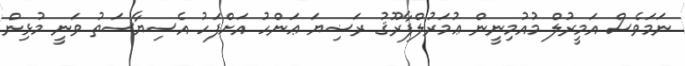
ނަމަވެސް އަމީރުލް މުއުމިނީން ޢުމަރުލްފާރޫޤު ރަޟިޔަ ޢަންހު އަށްފަހު އެސިޔާސަތު ވަނީ މުޅިން